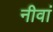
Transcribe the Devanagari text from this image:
नीवां